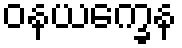
ဝနယက္ခေန